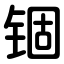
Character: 锢